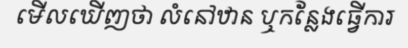
មើលឃើញថា លំនៅឋាន ឬកន្លែងធ្វើការ